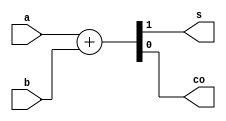
`timescale 1ns / 1ps
//////////////////////////////////////////////////////////////////////////////////
// Company: 
// Engineer: 
// 
// Design Name: 
// Module Name: ha
// Project Name: 
// Target Devices: 
// Tool Versions: 
// Description: 
// 
// Dependencies: 
// 
// Revision:
// Revision 0.01 - File Created
// Additional Comments:
// 
//////////////////////////////////////////////////////////////////////////////////


module ha(
    input a, // 1 Bit input
    input b, // 1 bit input
    output s, // Sum Out
    output co // Carry Out
    );

    assign {s, co} = a + b;
    
endmodule